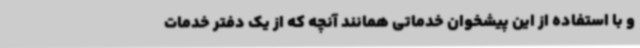
و با استفاده از این پیشخوان خدماتی همانند آنچه که از یک دفتر خدمات